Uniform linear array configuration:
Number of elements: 48
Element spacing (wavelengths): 0.25
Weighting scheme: kaiser
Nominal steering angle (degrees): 15
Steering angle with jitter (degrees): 14.324
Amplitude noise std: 0.05
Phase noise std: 0.05

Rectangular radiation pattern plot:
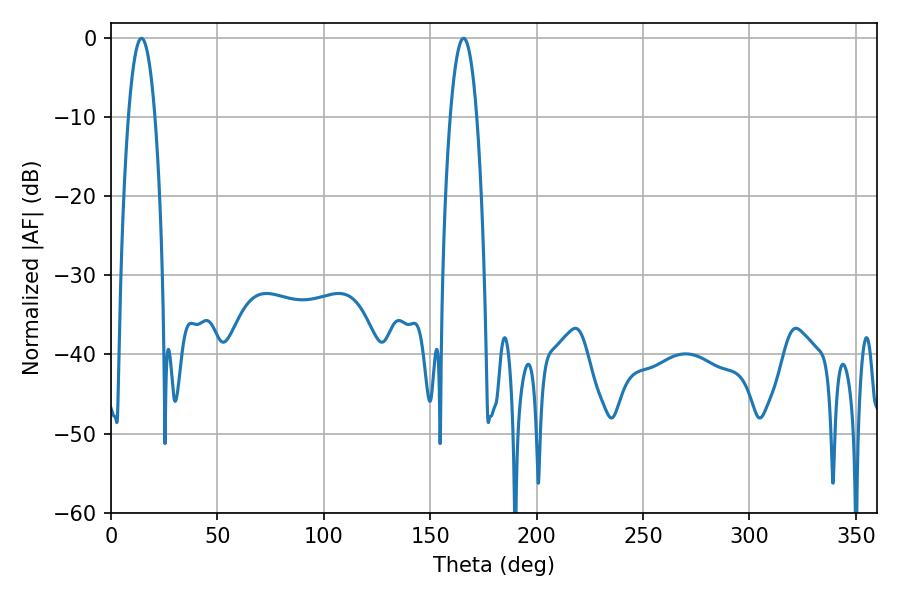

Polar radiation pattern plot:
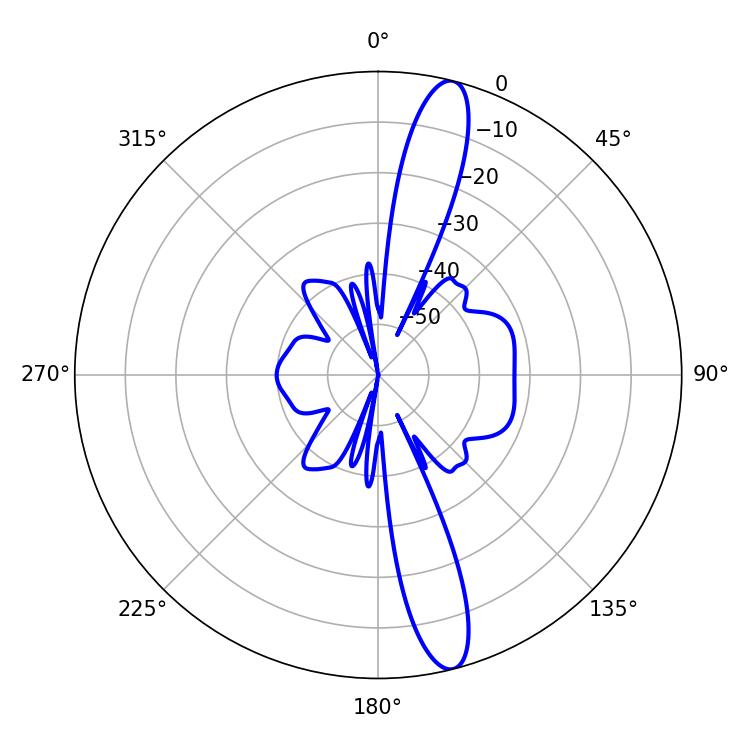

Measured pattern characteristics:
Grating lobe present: FALSE
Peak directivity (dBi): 14.902
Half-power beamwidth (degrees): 6.84
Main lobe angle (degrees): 14.4